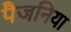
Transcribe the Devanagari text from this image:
पैजनिया